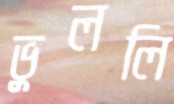
ভুললি